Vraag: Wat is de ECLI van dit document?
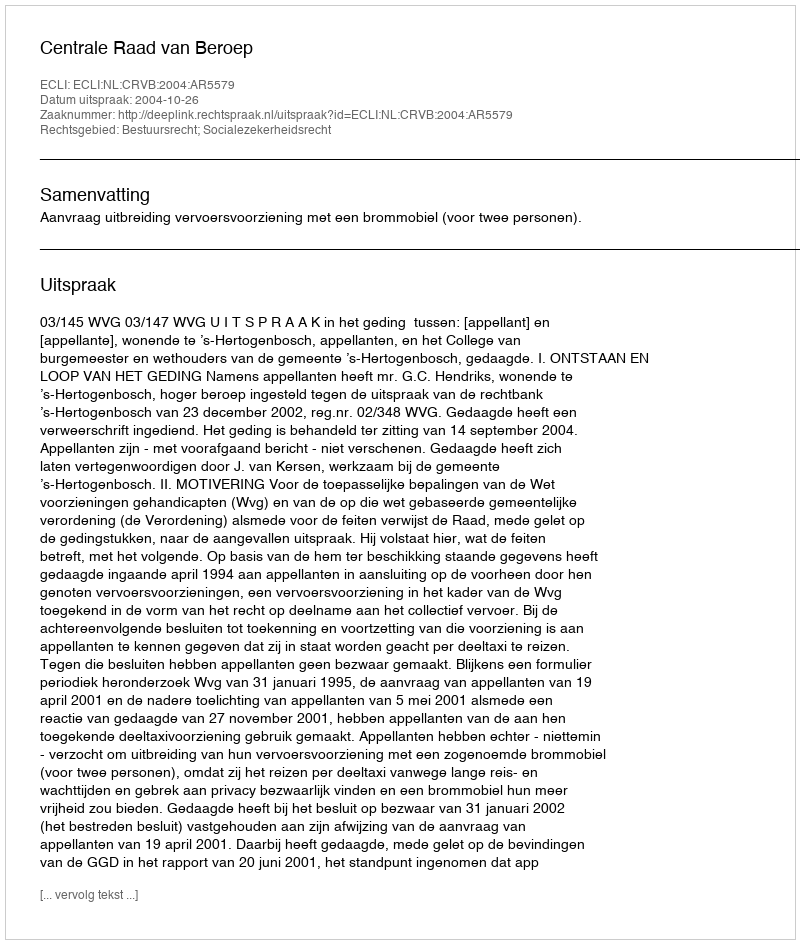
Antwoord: ECLI:NL:CRVB:2004:AR5579